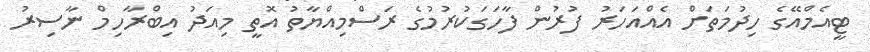
ޓީއެމްއޭގެ ހިދުމަތަށް އެއްއަހަރު ފުރުން ފާހަގަކުރުމުގެ ރަސްމިއްޔާތު އޮތީ މިއަދު އިބްރާހިމް ނާސިރު